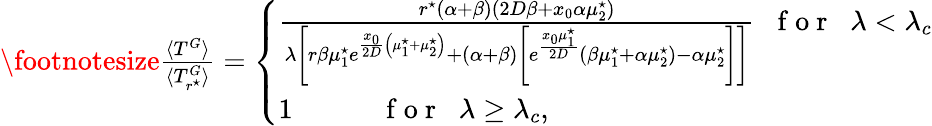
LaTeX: \begin{array}{r}{\footnotesize\frac{\langle T^{G}\rangle}{\langle T_{r^{\star}}^{G}\rangle}=\left\{ \begin{array}{ll}{\frac{r^{\star}(\alpha+\beta)(2D\beta+x_{0}\alpha\mu_{2}^{\star})}{\lambda\left[r\beta\mu_{1}^{\star}e^{\frac{x_{0}}{2D}\left(\mu_{1}^{\star}+\mu_{2}^{\star}\right)}+\left(\alpha+\beta\right)\left[e^{\frac{x_{0}\mu_{1}^{\star}}{2D}}{(\beta\mu_{1}^{\star}+\alpha\mu_{2}^{\star})-\alpha\mu_{2}^{\star}}\right]\right]}\; \; \mathrm{~f~o~r~}\; \; \lambda<\lambda_{c}}\\ {1\; \; \; \; \; \; \; \; \; \; \; \mathrm{~f~o~r~}\; \; \lambda\geq\lambda_{c},}\end{array}\right.}\end{array}